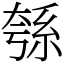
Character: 綔